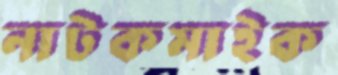
নাটকমাইক